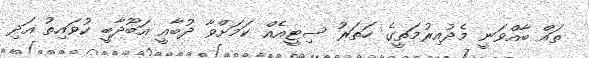
ތައް ބާއްވަނީ މެދުއިރުމަތީގެ ހަތަރު ސިޓީއެއް ކަމަށްވާ ދުބާއީ އަބޫދާބީ ކުވައިތު އަދި